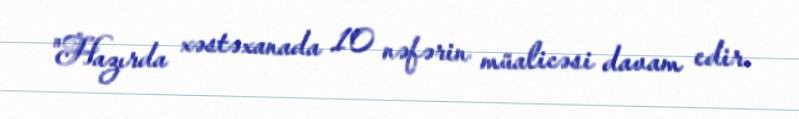
"Hazırda xəstəxanada 10 nəfərin müalicəsi davam edir.